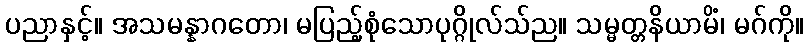
ပညာနှင့်။ အသမန္နာဂတော၊ မပြည့်စုံသောပုဂ္ဂိုလ်သ်ည။ သမ္မတ္တနိယာမိံ၊ မဂ်ကို။